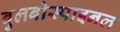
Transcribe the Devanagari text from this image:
बुलबोस्पाइनल